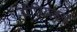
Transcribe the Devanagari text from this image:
पीरियड्स